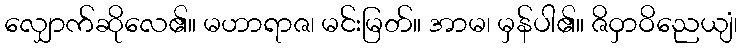
လျှောက်ဆိုလေ၏။ မဟာရာဇ၊ မင်းမြတ်။ အာမ၊ မှန်ပါ၏။ ဇိဝှာဝိညေယျံ၊